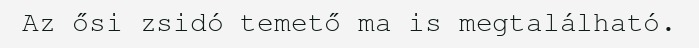
Az ősi zsidó temető ma is megtalálható.